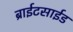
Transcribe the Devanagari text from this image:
ब्राईटसाईड